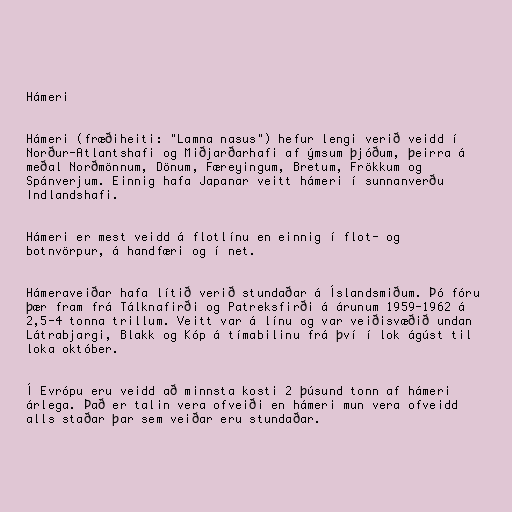
Hámeri

Hámeri (fræðiheiti: "Lamna nasus") hefur lengi verið veidd í
Norður-Atlantshafi og Miðjarðarhafi af ýmsum þjóðum, þeirra á
meðal Norðmönnum, Dönum, Færeyingum, Bretum, Frökkum og
Spánverjum. Einnig hafa Japanar veitt hámeri í sunnanverðu
Indlandshafi.

Hámeri er mest veidd á flotlínu en einnig í flot- og
botnvörpur, á handfæri og í net.

Hámeraveiðar hafa lítið verið stundaðar á Íslandsmiðum. Þó fóru
þær fram frá Tálknafirði og Patreksfirði á árunum 1959-1962 á
2,5-4 tonna trillum. Veitt var á línu og var veiðisvæðið undan
Látrabjargi, Blakk og Kóp á tímabilinu frá því í lok ágúst til
loka október.

Í Evrópu eru veidd að minnsta kosti 2 þúsund tonn af hámeri
árlega. Það er talin vera ofveiði en hámeri mun vera ofveidd
alls staðar þar sem veiðar eru stundaðar.